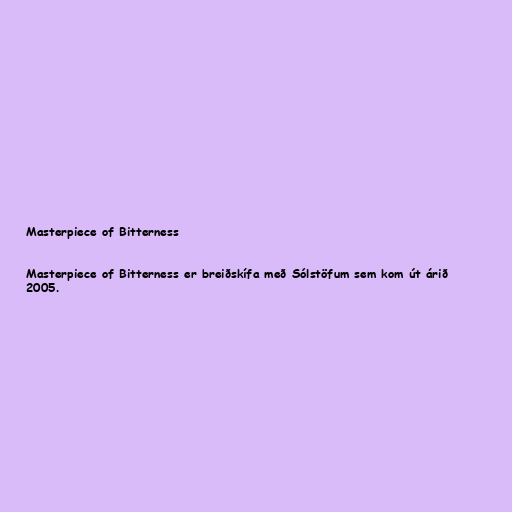
Masterpiece of Bitterness

Masterpiece of Bitterness er breiðskífa með Sólstöfum sem kom út árið
2005.